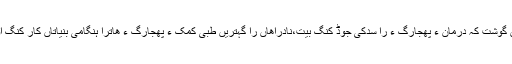
آہاں گوشت کہ درمان ءِ پھجارگ ءَ را سدکی جوڈ کنگ بیت،نادراھاں را گہتریں طبی کمک ءِ پھجارگ ءِ ھاترا ہنگامی بنیاتاں کار کنگ اوں۔